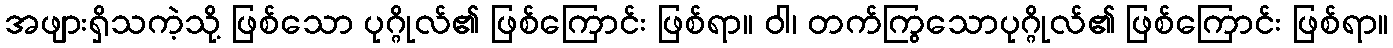
အဖျားရှိသကဲ့သို့ ဖြစ်သော ပုဂ္ဂိုလ်၏ ဖြစ်ကြောင်း ဖြစ်ရာ။ ဝါ၊ တက်ကြွသောပုဂ္ဂိုလ်၏ ဖြစ်ကြောင်း ဖြစ်ရာ။